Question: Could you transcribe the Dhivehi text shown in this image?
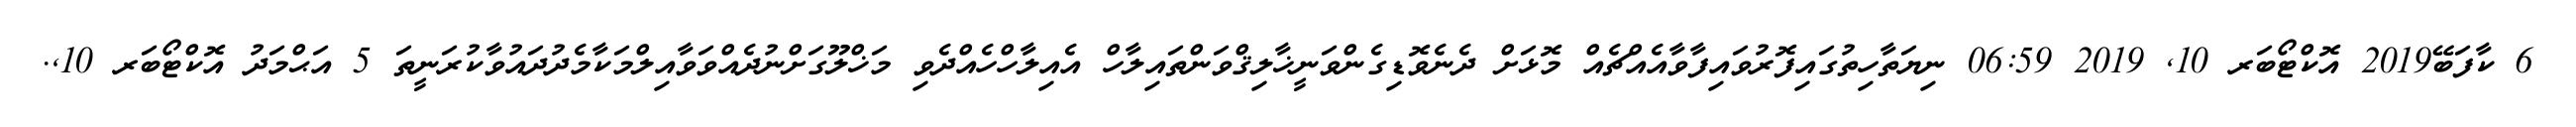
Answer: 6 ކާފަބޭ2019 އޮކްޓޯބަރ 10, 2019 06:59 ނިޔަތާހިތުގައިފޮރުވައިފާވާއެއްޗެއް މޮޅަށް ދެނެވޮޑިގެންވަނީޚާލިޤްވަންތައިލާހް އެއިލާހްހެއްދެވި މަޚްލޫގަށްނުދެއްވަވާއިލްމަކާމެދުދައުވާކުރަނީތަ 5 އަޙްމަދު އޮކްޓޯބަރ 10,.